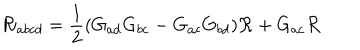
LaTeX: { \cal R } _ { a b c d } = \frac 1 2 ( G _ { a d } G _ { b c } - G _ { a c } G _ { b d } ) { \cal R } + G _ { a c } { \cal R }